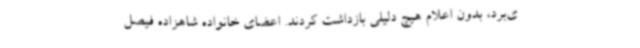
ی‌برد، بدون اعلام هیچ دلیلی بازداشت کردند. اعضای خانواده شاهزاده فیصل